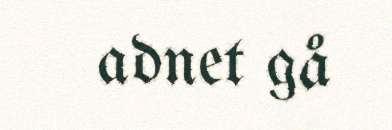
adnet gå